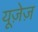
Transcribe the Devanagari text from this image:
यूज़ेज़